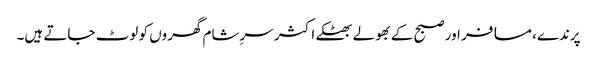
پرندے، مسافر اور صبح کے بھولے بھٹکے اکثر سرِشام گھروں کو لوٹ جاتے ہیں۔